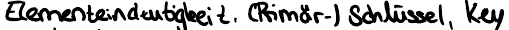
Elementeindeutigkeit, (Primär-) Schlüssel, Key